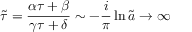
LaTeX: \tilde { \tau } = \frac { \alpha \tau + \beta } { \gamma \tau + \delta } \sim - \frac { i } { \pi } \ln \tilde { a } \rightarrow \infty